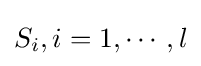
S_{i},i=1,\cdots ,l